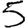
Digit: 5